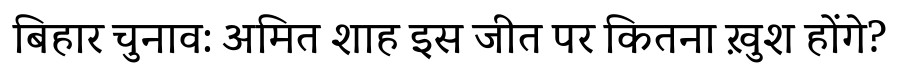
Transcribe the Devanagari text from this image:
बिहार चुनाव: अमित शाह इस जीत पर कितना ख़ुश होंगे?